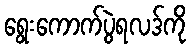
ရွေးကောက်ပွဲရလဒ်ကို